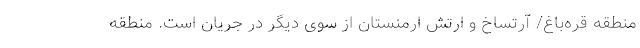
منطقه قره‌باغ/ آرتساخ و ارتش ارمنستان از سوی دیگر در جریان است. منطقه